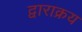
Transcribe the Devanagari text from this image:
द्वाराक्रय